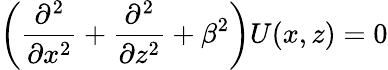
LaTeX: \left(\frac{\partial^{2}}{\partial x^{2}}+\frac{\partial^{2}}{\partial z^{2}}+\beta^{2}\right)U(x,z)=0